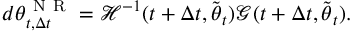
d { \boldsymbol { \theta } } _ { t , \Delta t } ^ { \mathrm { ~ N ~ R ~ } } = \mathcal { H } ^ { - 1 } ( t + \Delta t , \tilde { { \boldsymbol { \theta } } } _ { t } ) \boldsymbol { \mathcal { G } } ( t + \Delta t , \tilde { { \boldsymbol { \theta } } } _ { t } ) .